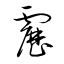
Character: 靂